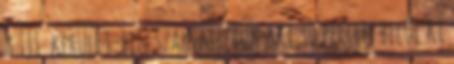
a III. kerület-ben szakemberük aki 30 percen belül ki